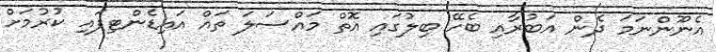
އެނޫންނަމަ ދެން އަބުރާއި ބެހޭ ބިލުގައި އޮތް މައްސަލަ ތައް އައިޑެންޓިފައި ކުރުމަށް